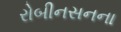
રોબીનસનના